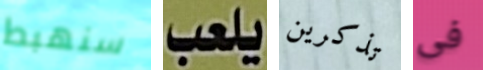
سنهبط يلعب تذكرين فى